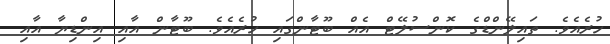
ހުރެއެވެ. ތައިލޭންޑްގެ ކޮންސުލޭޓް އެއް ބޫޓާންގައި ހުރެއެވެ. ބޫޓާން އާއި އިންޑިޔާ އާއި